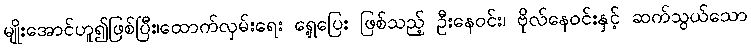
မျိုးအောင်ဟူ၍ဖြစ်ပြီး၊ထောက်လှမ်းရေး ရှေ့ပြေး ဖြစ်သည့် ဦးနေဝင်း၊ ဗိုလ်နေဝင်းနှင့် ဆက်သွယ်သော